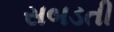
સબડતી